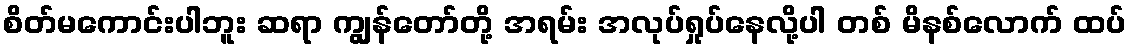
စိတ်မကောင်းပါဘူး ဆရာ ကျွန်တော်တို့ အရမ်း အလုပ်ရှုပ်နေလို့ပါ တစ် မိနစ်လောက် ထပ်